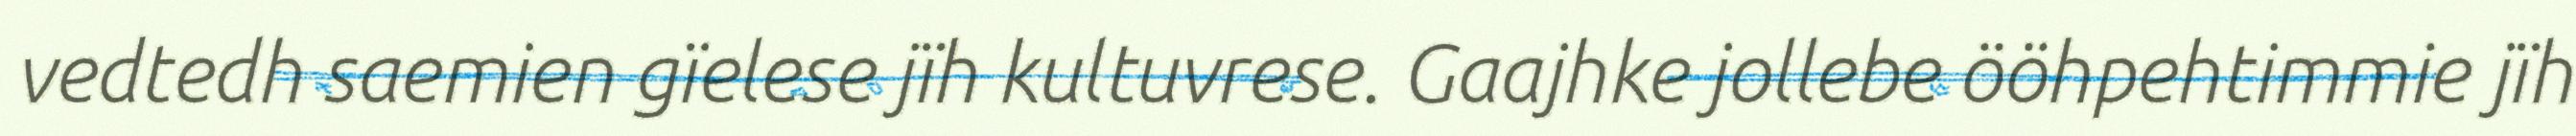
vedtedh saemien gïelese jïh kultuvrese. Gaajhke jollebe ööhpehtimmie jïh